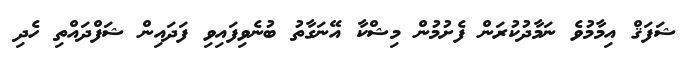
ޝަފަޤް އިމާމުވެ ނަމާދުކުރަން ފެށުމުން މިޝްކާ އޭނަގާތު ބުނެވިފައިވި ފަދައިން ޝަފްދައްތި ހެދި